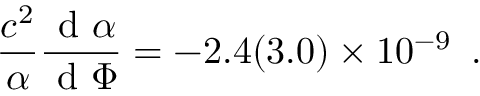
\frac { c ^ { 2 } } { \alpha } \frac { \textrm { d } \alpha } { \textrm { d } \Phi } = - 2 . 4 ( 3 . 0 ) \times 1 0 ^ { - 9 } \, \textrm { . }